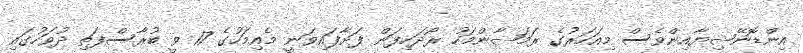
އިންޑޮނޭޝިޔާއިންވެސް މިއަހަރުގެ ރަަމަޟާންމަހު ރޯދަހިފަން ފަށާފައިވަނީ މެއިމަހުގެ 17 ވީ ބުރާސްފަތި ދުވަހުގައި